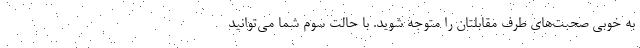
به خوبی صحبت‌های طرف مقابلتان را متوجه شوید. با حالت سوم شما می‌توانید